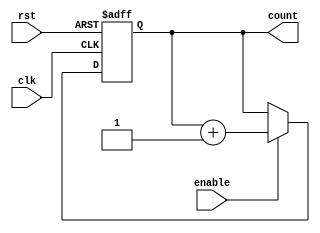
module ring_counter_with_enable (
  input wire clk,
  input wire rst,
  input wire enable,
  output reg [3:0] count
);

// internal signals
reg [3:0] next_count;

always @ (posedge clk or posedge rst) begin
  if (rst) begin
    count <= 4'b0000;
  end else if (enable) begin
    count <= next_count;
  end
end

always @ (*) begin
  next_count = count + 1;
end

endmodule